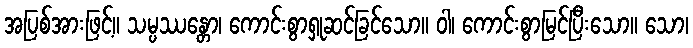
အပြစ်အားဖြင့်။ သမ္ပဿန္တော၊ ကောင်းစွာရှုဆင်ခြင်သော။ ဝါ၊ ကောင်းစွာမြင်ပြီးသော။ သော၊